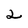
Character: 2